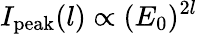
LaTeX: I_{\mathrm{peak}}(l)\propto(E_{0})^{2l}